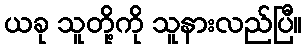
ယခု သူတို့ကို သူနားလည်ပြီ။